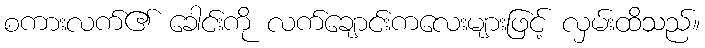
စကားလက်၏ ခေါင်းကို လက်ချောင်းကလေးများဖြင့် လှမ်းထိသည်။